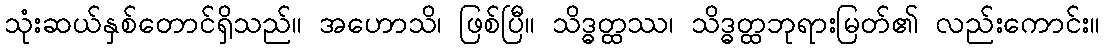
သုံးဆယ်နှစ်တောင်ရှိသည်။ အဟောသိ၊ ဖြစ်ပြီ။ သိဒ္ဓတ္ထဿ၊ သိဒ္ဓတ္ထဘုရားမြတ်၏ လည်းကောင်း။